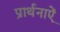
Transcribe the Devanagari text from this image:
प्रार्थनाऐं